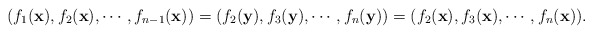
\begin{align*} (f_1(\mathbf{x}),f_2(\mathbf{x}),\cdots,f_{n-1}(\mathbf{x}))=(f_2(\mathbf{y}),f_3(\mathbf{y}),\cdots,f_n(\mathbf{y}))=(f_2(\mathbf{x}),f_3(\mathbf{x}),\cdots,f_n(\mathbf{x})). \end{align*}